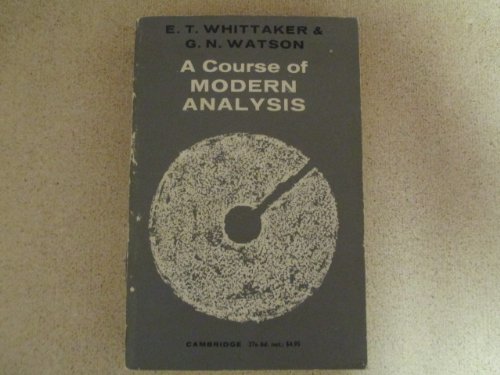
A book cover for Course of Modern Analysis 4TH Edition; E T Whittaker; Science & Math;